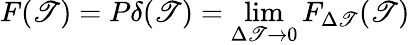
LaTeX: F(\mathscr{T})=P\delta(\mathscr{T})=\operatorname*{lim}_{\Delta\mathscr{T}\to0}F_{\Delta\mathscr{T}}(\mathscr{T})